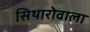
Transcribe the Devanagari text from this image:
सिथारोवाला